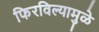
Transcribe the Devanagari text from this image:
फिरविल्यामुळे